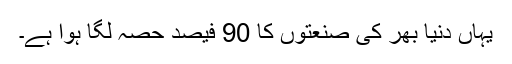
یہاں دنیا بھر کی صنعتوں کا 90 فیصد حصہ لگا ہوا ہے۔